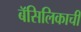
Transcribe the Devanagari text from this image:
बॅसिलिकाची